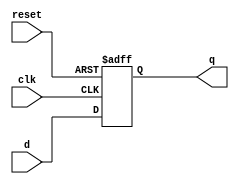
`timescale 1ns / 1ps
//////////////////////////////////////////////////////////////////////////////////
// Company: 
// Engineer: 
// 
// Design Name: 
// Module Name: FlipFlop
// Project Name: 
// Target Devices: 
// Tool Versions: 
// Description: 
// 
// Dependencies: 
// 
// Revision:
// Revision 0.01 - File Created
// Additional Comments:
// 
//////////////////////////////////////////////////////////////////////////////////


module FlipFlop( clk, reset, d, q );

    // input, output, and register initialization
    input        clk, reset;
    input  [7:0] d;
    output [7:0] q;
    
    reg    [7:0] q;
    
    always@(posedge clk, posedge reset) begin
        if(reset)
            q <= 8'b0;
        else
            q <= d;
    end
    
endmodule